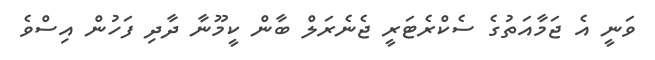
ވަނީ އެ ޖަމާއަތުގެ ސެކްރެޓަރީ ޖެނެރަލް ބާން ކީމޫނާ ދާދި ފަހުން އިސްވެ